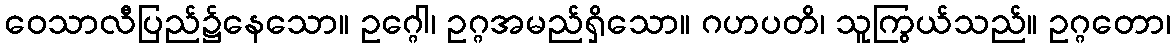
ဝေသာလီပြည်၌နေသော။ ဥဂ္ဂေါ၊ ဥဂ္ဂအမည်ရှိသော။ ဂဟပတိ၊ သူကြွယ်သည်။ ဥဂ္ဂတော၊